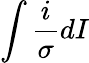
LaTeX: \int\frac{i}{\sigma}dI